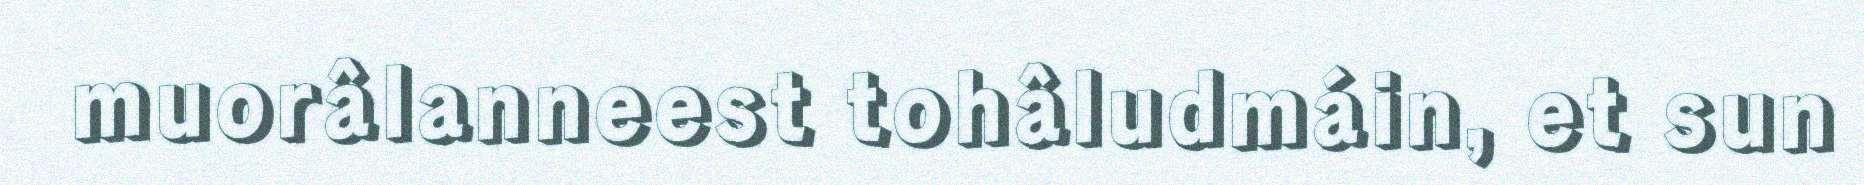
muorâlanneest tohâludmáin, et sun